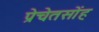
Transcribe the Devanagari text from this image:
प्रेचेतसोंह